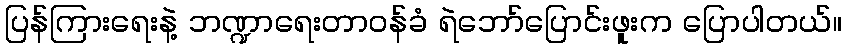
ပြန်ကြားရေးနဲ့ ဘဏ္ဍာရေးတာဝန်ခံ ရဲဘော်ပြောင်းဖူးက ပြောပါတယ်။